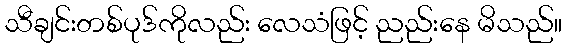
သီချင်းတစ်ပုဒ်ကိုလည်း လေသံဖြင့် ညည်းနေ မိသည်။